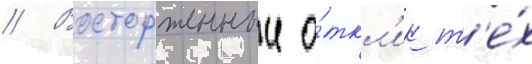
// Восторженныи о́ткл'ик т'е́х